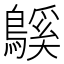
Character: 䳶